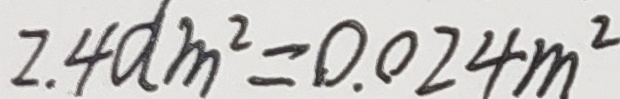
2 . 4 d m ^ { 2 } = 0 . 0 2 4 m ^ { 2 }